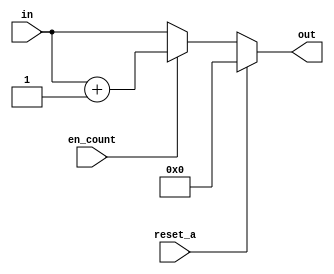
module counter_div (in,en_count , reset_a, out);

input en_count, reset_a;
input [3:0] in;
output reg [3:0] out;


always @ (en_count, reset_a)
begin
	if(reset_a)
	begin
		out = 4'd0;
	end
	else
		if(en_count)
			out = in + 4'd1;
		else
			out = in;

end

endmodule